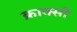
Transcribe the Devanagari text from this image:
क्राक्सी